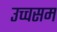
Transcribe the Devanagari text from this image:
उच्चसम